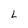
Character: L